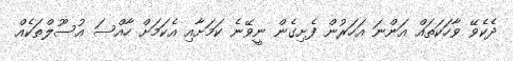
ދެކެވޭ ވާހަކަތައް އަންނަ އަހަރުން ފެށިގެން ނީވޭނެ ކަމަށާއި އެކަމަށް ހާއްސަ އުސޫލްތަކެއް